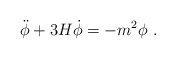
\begin{align*}\ddot\phi + 3H\dot\phi = -m^2\phi \ .\end{align*}